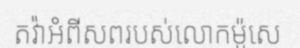
តវ៉ាអំពីសពរបស់លោកម៉ូសេ